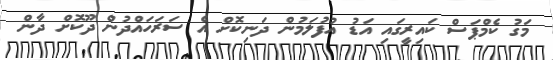
މަގު ކެމްޕަސް ކައިރީގައި އަޑު އުފުލަމުން ދަނިކޮށް އެ ސަރަހައްދުން ދޫކޮށް ދާން